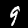
Digit: 9